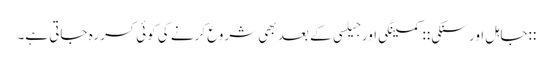
::جاہل اور سنکی:: کمینگی اور جیلسی کے بعد بھی شروع کرنے کی کوئی کسر رہ جاتی ہے۔